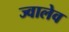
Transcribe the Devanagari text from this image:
ज्वालेव